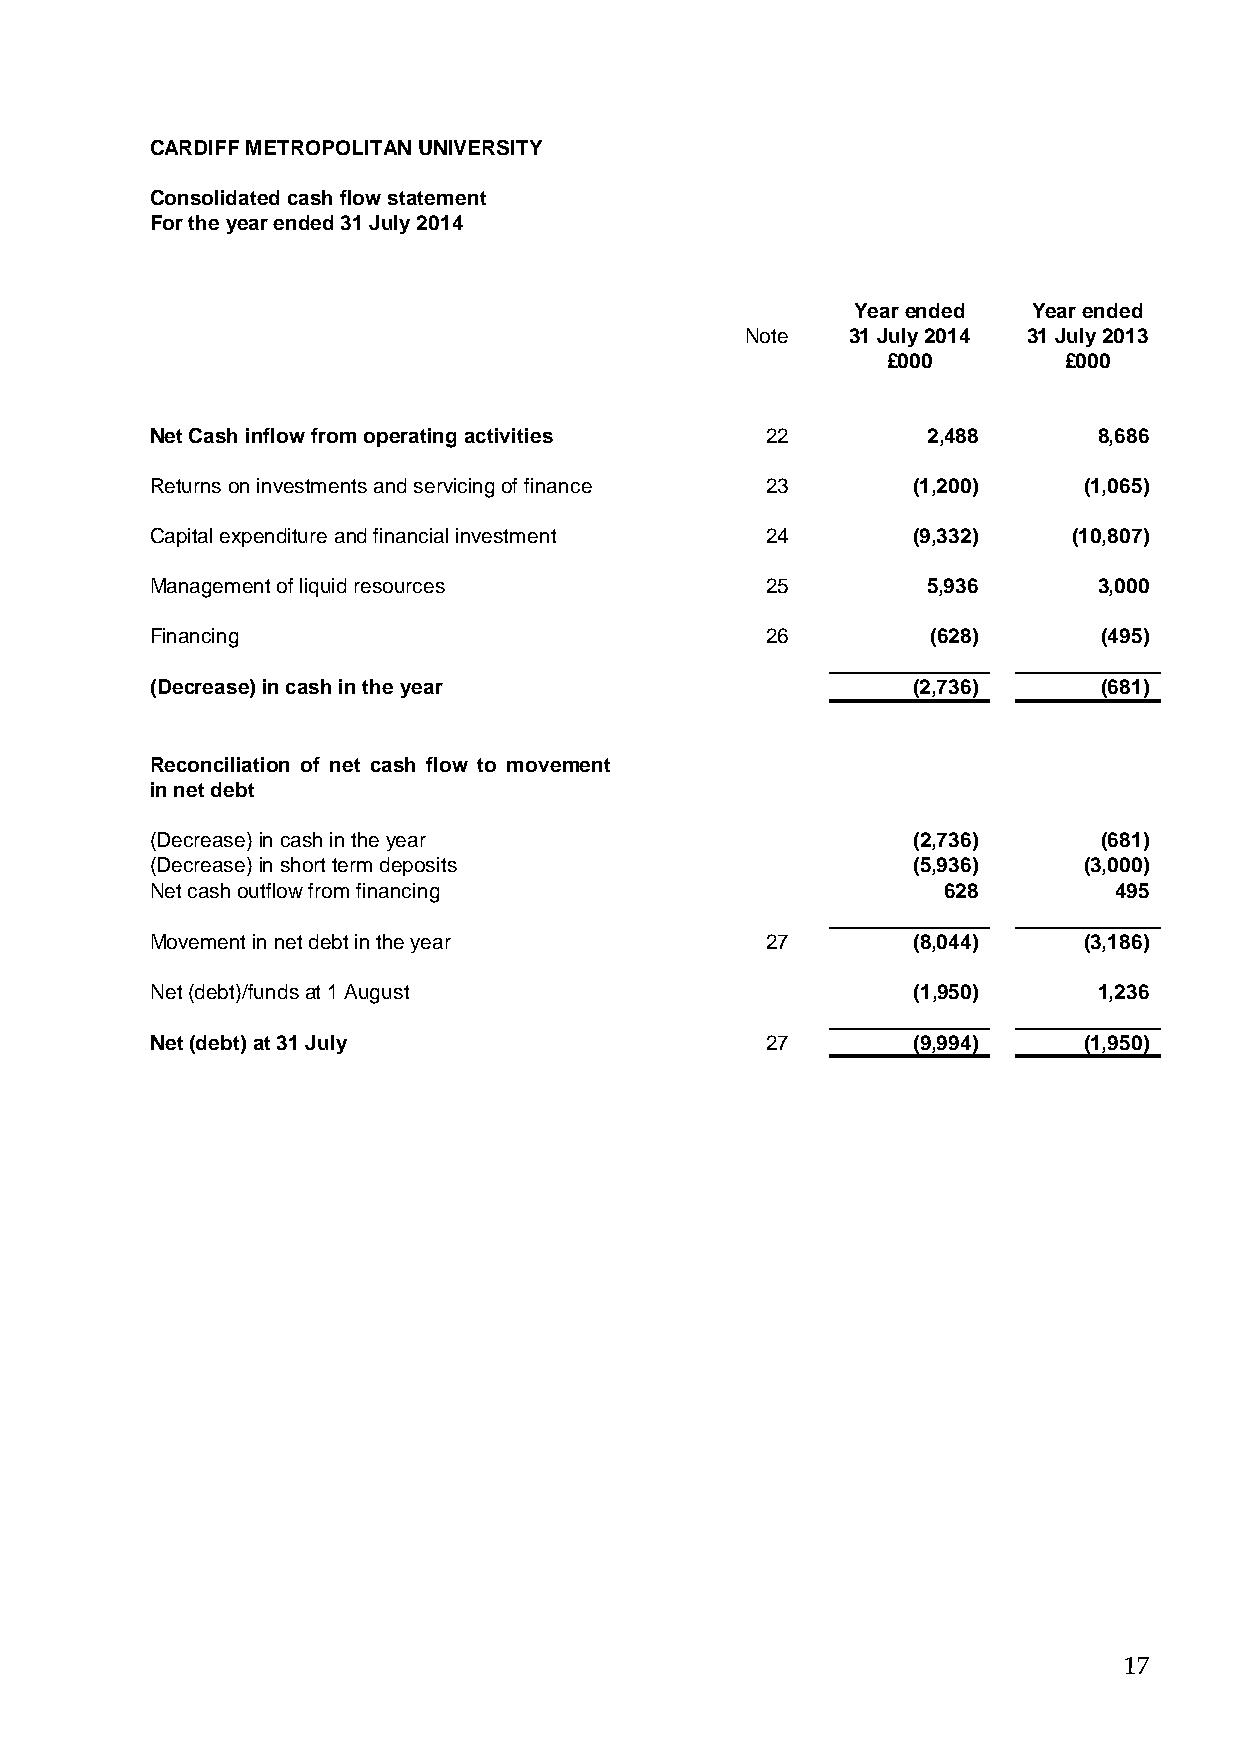
CARDIFF METROPOLITAN UNIVERSITY
 Consolidated cash flow statement
 For the year ended 31 July 2014
 Year ended Year ended
 Note   31 July 2014 31 July 2013
 £000       £000
 Net Cash inflow from operating activities 22       2,488       8,686
 Returns on investments and servicing of finance 23 (1,200)    (1,065)
 Capital expenditure and financial investment 24   (9,332)    (10,807)
 Management of liquid resources           25        5,936       3,000
 Financing                                26         (628)      (495)
 (Decrease) in cash in the year                    (2,736)      (681)
 Reconciliation of net cash flow to movement
 in net debt
 (Decrease) in cash in the year                    (2,736)      (681)
 (Decrease) in short term deposits                 (5,936)     (3,000)
 Net cash outflow from financing                     628         495
 Movement in net debt in the year         27       (8,044)     (3,186)
 Net (debt)/funds at 1 August                      (1,950)      1,236
 Net (debt) at 31 July                    27       (9,994)     (1,950)
 17